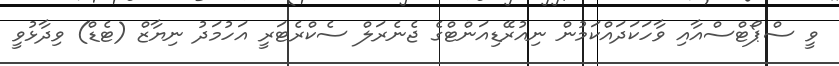
ވީ ސްޕޯޓްސްއާއި ވާހަކަދައްކަމުން ނިއުރޭޑިއަންޓްގެ ޖެނެރަލް ސެކްރެޓަރީ އަހުމަދު ނިޔާޒް (ޓެޑް) ވިދާޅުވީ